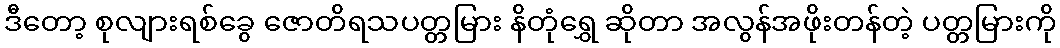
ဒီတော့ စုလျားရစ်ခွေ ဇောတိရသပတ္တမြား နိတုံရွှေ ဆိုတာ အလွန်အဖိုးတန်တဲ့ ပတ္တမြားကို